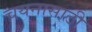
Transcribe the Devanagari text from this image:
चयनासाठी